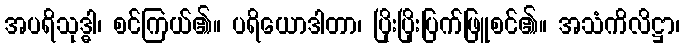
အပရိသုဒ္ဓါ၊ စင်ကြယ်၏။ ပရိယောဒါတာ၊ ပြိုးပြိုးပြက်ဖြူစင်၏။ အသံကိလိဋ္ဌာ၊